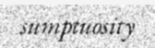
sumptuosity